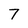
Character: 7